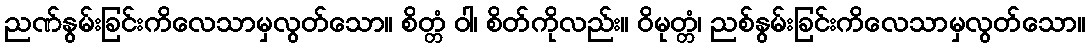
ညဏ်နွမ်းခြင်းကိလေသာမှလွတ်သော။ စိတ္တံ ဝါ၊ စိတ်ကိုလည်း။ ဝိမုတ္တံ၊ ညစ်နွမ်းခြင်းကိလေသာမှလွတ်သော။